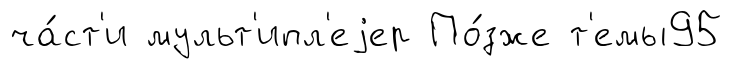
ча́ст'и мульт'ипл'еjер По́зже т'емы95